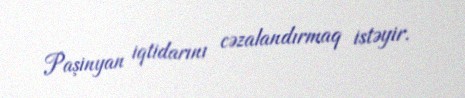
Paşinyan iqtidarını cəzalandırmaq istəyir.